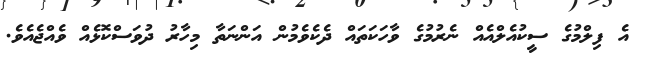
އެ ފިލްމުގެ ސީކުުއެލްއެއް ނެރުމުގެ ވާހަކަތައް ދެކެވެމުން އަންނަތާ މިހާރު ދުވަސްކޮޅެއް ވެއްޖެއެވެ.